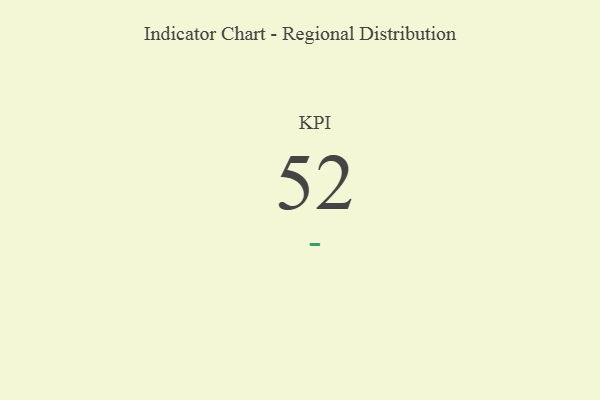
{"axis": {"x": "KPI", "y": "Value"}, "legend": [""], "data": [{"x": "KPI", "y": 52, "type": ""}]}